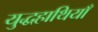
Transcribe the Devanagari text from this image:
युद्धहाथियाँ